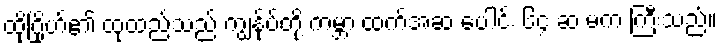
ထိုဂြိုဟ်၏ ထုထည်သည် ကျွန်ုပ်တို့ ကမ္ဘာ ထက်အဆ ပေါင်း ၆၄ ဆ မက ကြီးသည်။